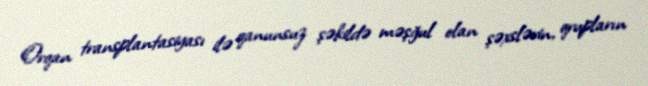
Orqan transplantasiyası ilə qanunsuz şəkildə məşğul olan şəxslərin, qrupların